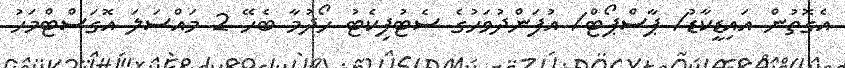
އެގޮތުން އައިޑީކާޑު/ ޕާސްޕޯޓް/ އުފަންދުވަހުގެ ސެޓުފިކެޓު ހޯދުމާ ބެހޭ 2 މައްސަލަ އޮގަސްޓްމަހު